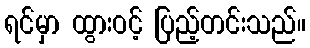
ရင်မှာ ထွားဝင့် ပြည့်တင်းသည်။